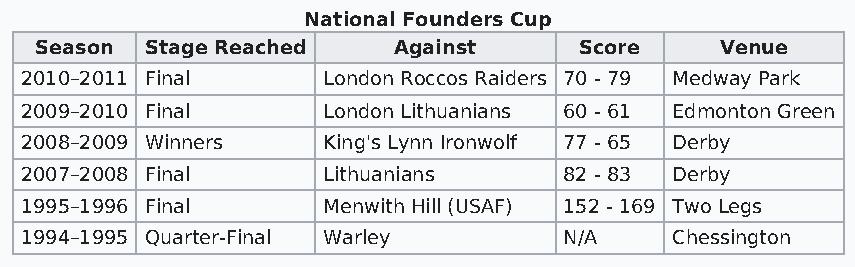
National Founders Cup
 Season  Stage Reached   Against     Score     Venue
 2010–2011 Final     London Roccos Raiders 70 - 79 Medway Park
 2009–2010 Final     London Lithuanians 60 - 61 Edmonton Green
 2008–2009 Winners   King's Lynn Ironwolf 77 - 65 Derby
 2007–2008 Final     Lithuanians     82 - 83 Derby
 1995–1996 Final     Menwith Hill (USAF) 152 - 169 Two Legs
 1994–1995 Quarter-Final Warley      N/A    Chessington